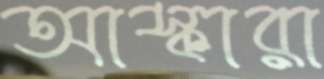
আস্কারা